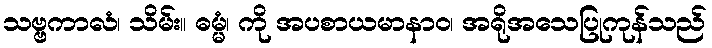
သဗ္ဗကာလံ၊ သိမ်း။ ဓမ္မံ၊ ကို အပစာယမာနာဝ၊ အရိုအသေပြုကုန်သည်